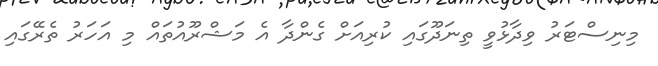
މިނިސްޓަރު ވިދާޅުވީ ތިނަދޫގައި ކުރިއަށް ގެންދާ އެ މަޝްރޫއުތައް މި އަހަރު ތެރޭގައި